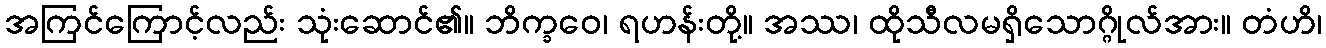
အကြင်ကြောင့်လည်း သုံးဆောင်၏။ ဘိက္ခဝေ၊ ရဟန်းတို့။ အဿ၊ ထိုသီလမရှိသောဂ္ဂိုလ်အား။ တံဟိ၊